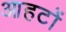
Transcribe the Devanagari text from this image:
आहटों